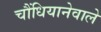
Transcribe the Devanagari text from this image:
चौंधियानेवाले